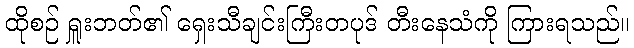
ထိုစဉ် ရှူးဘတ်၏ ရှေးသီချင်းကြီးတပုဒ် တီးနေသံကို ကြားရသည်။